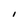
Character: I